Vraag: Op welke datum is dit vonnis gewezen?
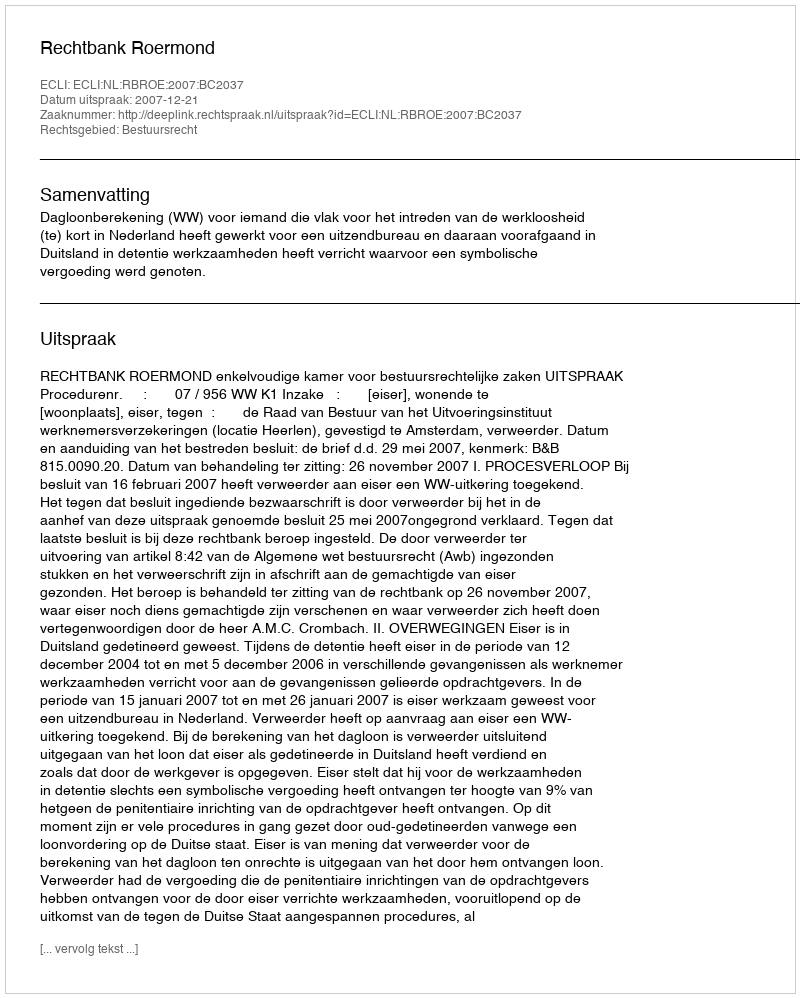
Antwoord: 2007-12-21